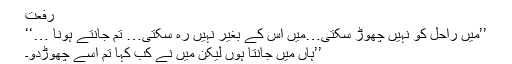
رفعت
’’میں راحل کو نہیں چھوڑ سکتی…میں اس کے بغیر نہیں رہ سکتی… تم جانتے ہونا …‘‘
’’ہاں میں جانتا ہوں لیکن میں نے کب کہا تم اسے چھوڑدو۔